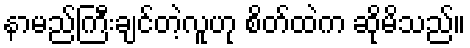
နာမည်ကြီးချင်တဲ့လူဟု စိတ်ထဲက ဆိုမိသည်။